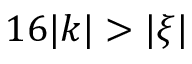
1 6 | k | > | \xi |